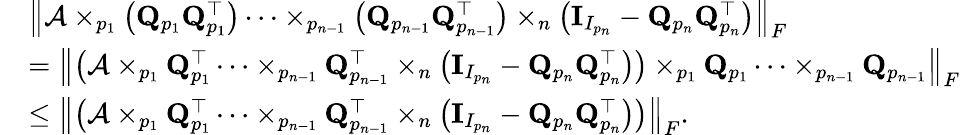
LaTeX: \begin{array}{rl}&{\left\| \mathcal{A}\times_{p_{1}}\left({\mathbf Q}_{p_{1}}{\mathbf Q}_{p_{1}}^{\top}\right)\dots\times_{p_{n-1}}\left({\mathbf Q}_{p_{n-1}}{\mathbf Q}_{p_{n-1}}^{\top}\right)\times_{n}\left(\mathbf{I}_{I_{p_{n}}}-{\mathbf Q}_{p_{n}}{\mathbf Q}_{p_{n}}^{\top}\right)\right\| _{F}}\\ &{=\left\| \left(\mathcal{A}\times_{p_{1}}{\mathbf Q}_{p_{1}}^{\top}\dots\times_{p_{n-1}}{\mathbf Q}_{p_{n-1}}^{\top}\times_{n}\left(\mathbf{I}_{I_{p_{n}}}-{\mathbf Q}_{p_{n}}{\mathbf Q}_{p_{n}}^{\top}\right)\right)\times_{p_{1}}{\mathbf Q}_{p_{1}}\dots\times_{p_{n-1}}{\mathbf Q}_{p_{n-1}}\right\| _{F}}\\ &{\leq\left\| \left(\mathcal{A}\times_{p_{1}}{\mathbf Q}_{p_{1}}^{\top}\dots\times_{p_{n-1}}{\mathbf Q}_{p_{n-1}}^{\top}\times_{n}\left(\mathbf{I}_{I_{p_{n}}}-{\mathbf Q}_{p_{n}}{\mathbf Q}_{p_{n}}^{\top}\right)\right)\right\| _{F}.}\end{array}